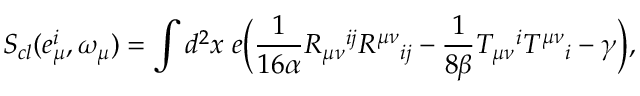
S _ { c l } ( e _ { \mu } ^ { i } , \omega _ { \mu } ) = \int { d ^ { 2 } } x \; e \bigg ( \frac { 1 } { 1 6 \alpha } R _ { \mu \nu } { } ^ { i j } R ^ { \mu \nu } { } _ { i j } - \frac { 1 } { 8 \beta } T _ { \mu \nu } { } ^ { i } T ^ { \mu \nu } { } _ { i } - \gamma \bigg ) ,